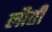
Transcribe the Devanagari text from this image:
लौती